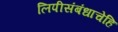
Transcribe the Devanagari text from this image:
लिपीसंबंधाचेहि